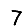
Digit: 7